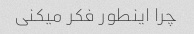
چرا اینطور فکر میکنی